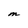
Character: M